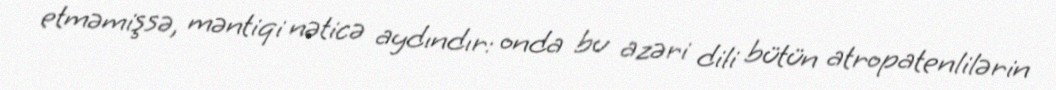
etməmişsə, məntiqi nəticə aydındır: onda bu azəri dili bütün atropatenlilərin